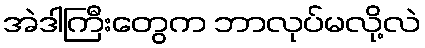
အဲဒါကြီးတွေက ဘာလုပ်မလို့လဲ